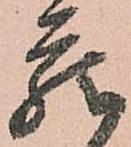
蔵